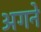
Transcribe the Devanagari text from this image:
अगने